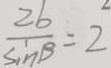
\frac { 2 b } { \sin B } = 2